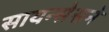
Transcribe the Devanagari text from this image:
सायन्सेसने